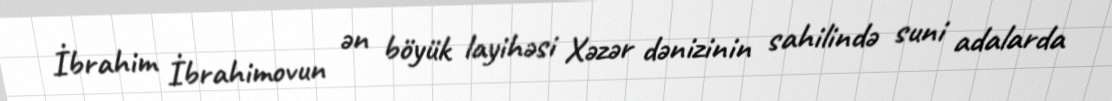
İbrahim İbrahimovun ən böyük layihəsi Xəzər dənizinin sahilində suni adalarda